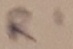
Text: R1